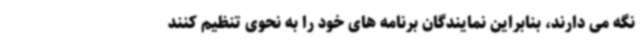
نگه می دارند، بنابراین نمایندگان برنامه های خود را به نحوی تنظیم کنند